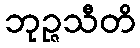
ဘုဉ္ဇသီတိ